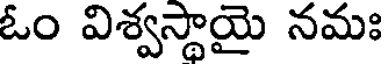
ఓం విశ్వస్థాయై నమః